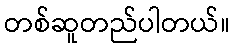
တစ်ဆူတည်ပါတယ်။